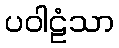
ပဝါဠံသာ